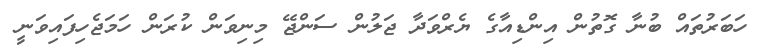
ހަބަރުތައް ބުނާ ގޮތުން އިންޑިއާގެ ޔެރްވަދާ ޖަލުން ސަންޖޭ މިނިވަން ކުރަން ހަމަޖެހިފައިވަނީ